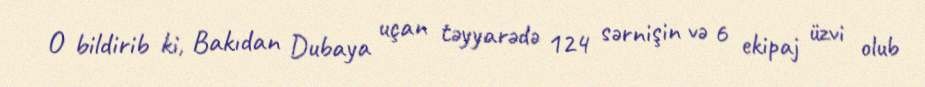
O bildirib ki, Bakıdan Dubaya uçan təyyarədə 124 sərnişin və 6 ekipaj üzvi olub